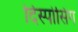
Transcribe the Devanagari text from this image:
दिस्पोसिंग